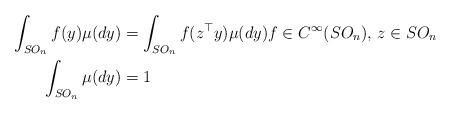
LaTeX: \begin{align*}\int_{SO_n} f(y)\mu(dy) &= \int_{SO_n} f(z^\top y)\mu(dy) f\in C^\infty(SO_n),\,z\in SO_n\\\int_{SO_n} \mu(dy) &= 1\end{align*}